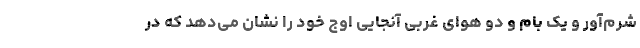
شرم‌آور و یک بام و دو هوای غربی آنجایی اوج خود را نشان می‌دهد که در